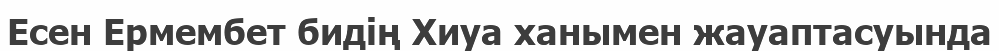
Есен Ермембет бидің Хиуа ханымен жауаптасуында